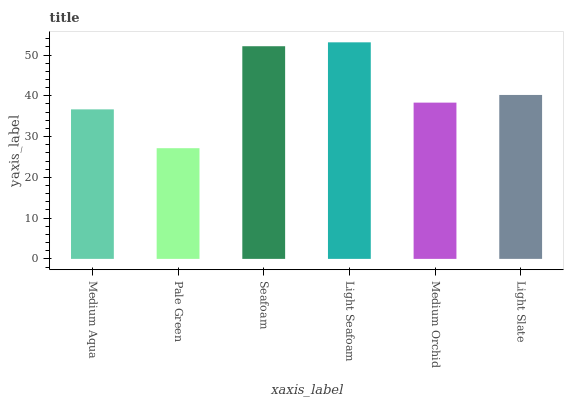
| xaxis_label | bars |
 | --- | --- |
 | Medium Aqua | 36.7 |
 | Pale Green | 27.2 |
 | Seafoam | 52.2 |
 | Light Seafoam | 53.1 |
 | Medium Orchid | 38.3 |
 | Light Slate | 40.2 |